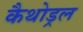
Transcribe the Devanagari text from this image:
कैथोड्रल